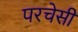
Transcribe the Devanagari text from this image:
परचेसी